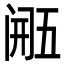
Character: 𮤴